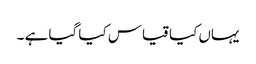
یہاں کیا قیاس کیا گیا ہے ۔